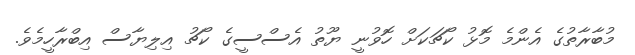
މުބާރާތުގެ އެންމެ މޮޅު ކޯޗަކަށް ހޮވުނީ ޔޫތު އެސްސީގެ ކޯޗު އިލިޔާސް އިބްރާހީމެވެ.